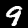
Label: 9